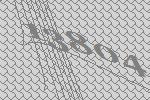
13804